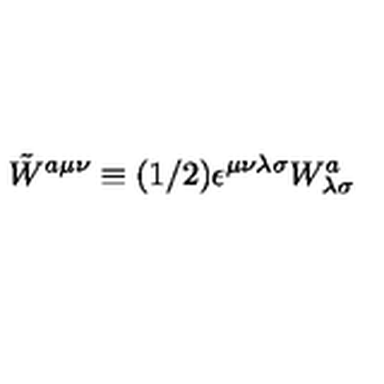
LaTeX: \tilde { W } ^ { a \mu \nu } \equiv ( 1 / 2 ) \epsilon ^ { \mu \nu \lambda \sigma } W _ { \lambda \sigma } ^ { a }